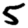
Digit: 5